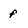
Character: f